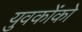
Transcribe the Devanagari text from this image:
युवकोंको